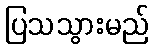
ပြသသွားမည်